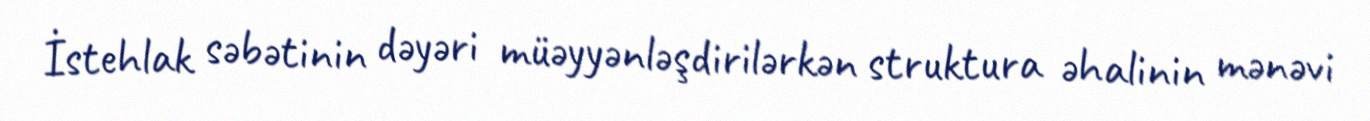
İstehlak səbətinin dəyəri müəyyənləşdirilərkən struktura əhalinin mənəvi